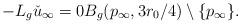
LaTeX: \begin{align*}-L_g \check u_\infty = 0 B_g(p_\infty,3r_0/4) \setminus \{p_\infty\} .\end{align*}